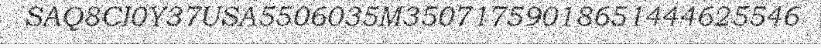
SAQ8CI0Y37USA5506035M35071759018651444625546